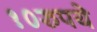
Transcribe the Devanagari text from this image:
१०रुपये